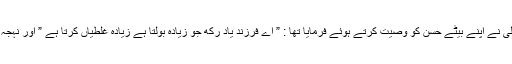
اس لیے جنابِ امیر المومنین علیؓ نے اپنے بیٹے حسنؓ کو وصیت کرتے ہوئے فرمایا تھا : ” اے فرزند یاد رکھ جو زیادہ بولتا ہے زیادہ غلطیاں کرتا ہے ” اور نہجہ البلاغہ میں یہ گواہی رقم ہے ۔